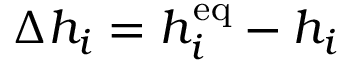
\Delta h _ { i } = h _ { i } ^ { \mathrm { e q } } - h _ { i }